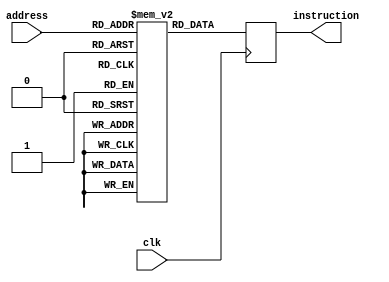
module Instram (clk, address, instruction);

input		clk;
input	[15:0]	address;
output	[15:0]	instruction;

reg	[15:0]	instruction;

//	memAddr is an address register in the memory side.
reg	[15:0]	memAddr;
reg	[15:0]	Instram[0:65535];

	
	
always @(posedge clk) begin
		memAddr = address;
		instruction = Instram[memAddr];
end

endmodule